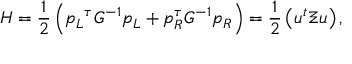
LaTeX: H = \frac { 1 } { 2 } \left( { p _ { L } } ^ { \tau } G ^ { - 1 } p _ { L } + { p _ { R } ^ { \tau } } G ^ { - 1 } p _ { R } \right) = \frac { 1 } { 2 } \left( u ^ { t } \Xi u \right) ,